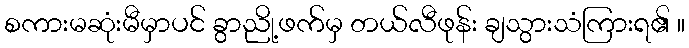
စကားမဆုံးမီမှာပင် ခွာညို့ဖက်မှ တယ်လီဖုန်း ချသွားသံကြားရ၏ ။